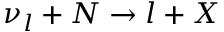
\nu _ { l } + N \to l + X